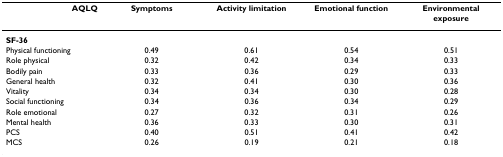
| AQLQ | Symptoms | Activity limitation | Emotional function | Environmental exposure |
 | --- | --- | --- | --- | --- |
 | SF-36 |  |  |  |  |
 | Physical functioning | 0.49 | 0.61 | 0.54 | 0.51 |
 | Role physical | 0.32 | 0.42 | 0.34 | 0.33 |
 | Bodily pain | 0.33 | 0.36 | 0.29 | 0.33 |
 | General health | 0.32 | 0.41 | 0.30 | 0.36 |
 | Vitality | 0.34 | 0.34 | 0.30 | 0.28 |
 | Social functioning | 0.34 | 0.36 | 0.34 | 0.29 |
 | Role emotional | 0.27 | 0.32 | 0.31 | 0.26 |
 | Mental health | 0.36 | 0.33 | 0.30 | 0.31 |
 | PCS | 0.40 | 0.51 | 0.41 | 0.42 |
 | MCS | 0.26 | 0.19 | 0.21 | 0.18 |